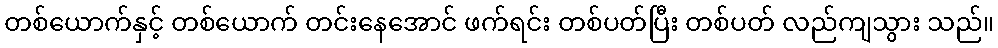
တစ်ယောက်နှင့် တစ်ယောက် တင်းနေအောင် ဖက်ရင်း တစ်ပတ်ပြီး တစ်ပတ် လည်ကျသွား သည်။